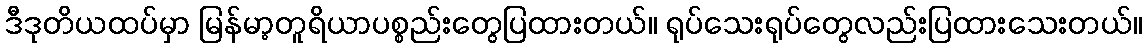
ဒီဒုတိယထပ်မှာ မြန်မာ့တူရိယာပစ္စည်းတွေပြထားတယ်။ ရုပ်သေးရုပ်တွေလည်းပြထားသေးတယ်။